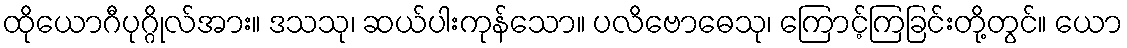
ထိုယောဂီပုဂ္ဂိုလ်အား။ ဒသသု၊ ဆယ်ပါးကုန်သော။ ပလိဗောဓေသု၊ ကြောင့်ကြခြင်းတို့တွင်။ ယော